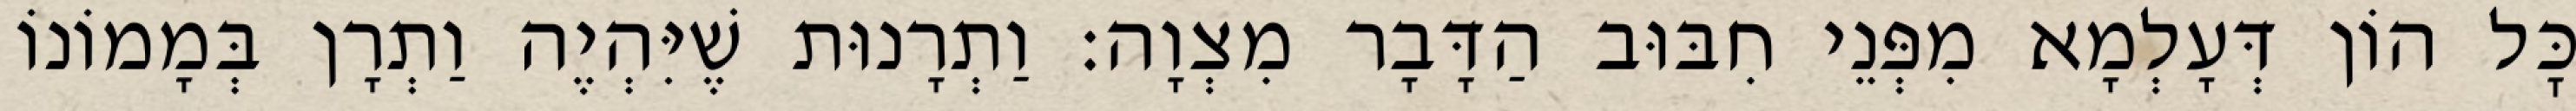
כׇּל הוֹן דְּעָלְמָא מִפְּנֵי חִבּוּב הַדָּבָר מִצְוָה: וַתְרָנוּת שֶׁיִּהְיֶה וַתְרָן בְּמָמוֹנוֹ